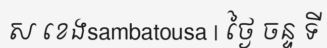
ស ខេងsambatousa | ថ្ងៃ ចន្ទ ទី